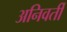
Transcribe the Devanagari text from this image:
अनिवर्ती